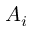
A _ { i }